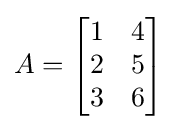
A={\begin{bmatrix}1&4\\2&5\\3&6\\\end{bmatrix}}